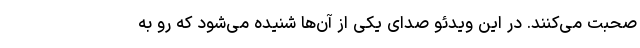
صحبت می‌کنند. در این ویدئو صدای یکی از آن‌ها شنیده می‌شود که رو به